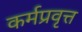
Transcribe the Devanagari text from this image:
कर्मप्रवृत्त